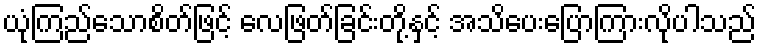
ယုံကြည်သောစိတ်ဖြင့် လေဖြတ်ခြင်းတို့နှင့် အသိပေးပြောကြားလိုပါသည်